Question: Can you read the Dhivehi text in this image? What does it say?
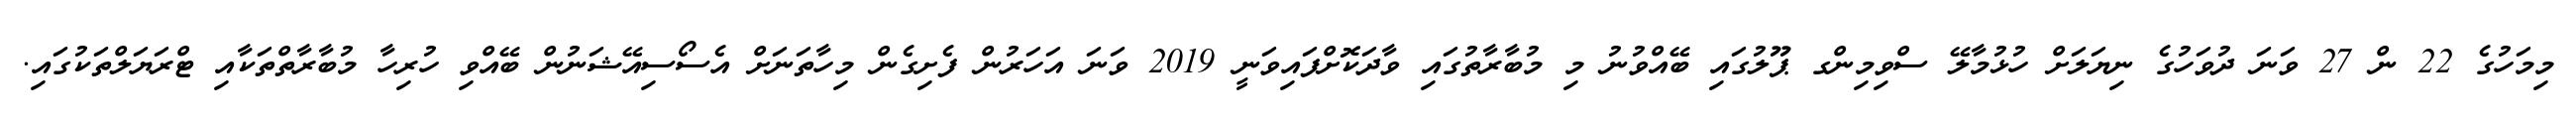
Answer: މިމަހުގެ 22 ން 27 ވަނަ ދުވަހުގެ ނިޔަލަށް ހުޅުމާލޭ ސްވިމިންގ ޕޫލުގައި ބޭއްވުނު މި މުބާރާތުގައި ވާދަކޮށްފައިވަނީ 2019 ވަނަ އަހަރުން ފެށިގެން މިހާތަނަށް އެސޯސިއޭޝަނުން ބޭއްވި ހުރިހާ މުބާރާތްތަކާއި ޓްރަޔަލްތަކުގައި.